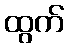
ထွက်